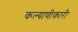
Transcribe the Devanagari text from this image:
कल्याणीकारी